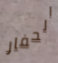
الحفار